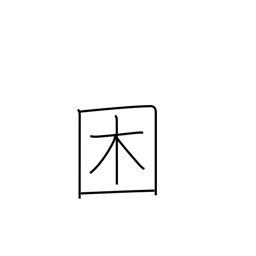
Meaning: become distressed